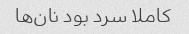
کاملا سرد بود نان‌ها